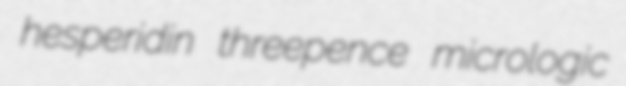
hesperidin threepence micrologic